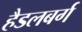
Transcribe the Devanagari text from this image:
हैडलबर्ग